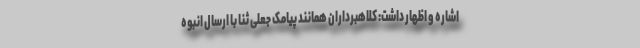
اشاره و اظهار داشت: کلاهبرداران همانند پیامک جعلی ثنا با ارسال انبوه